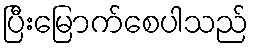
ပြီးမြောက်စေပါသည်